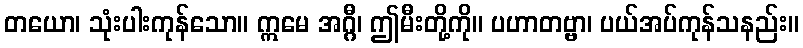
တယော၊ သုံးပါးကုန်သော။ ဣမေ အဂ္ဂီ၊ ဤမီးတို့ကို။ ပဟာတဗ္ဗာ၊ ပယ်အပ်ကုန်သနည်း။